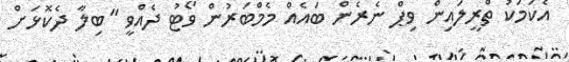
އެކަމަކު ތްރީލައިން ވިޕް ނެރެން ބައެއް މެމްބަރުން ވޯޓު ދެއްވީ "ބިލާ ދެކޮޅަށް